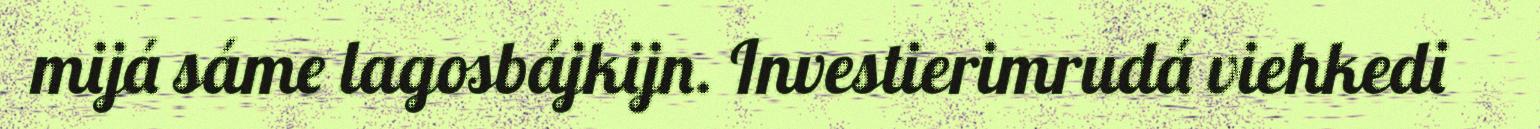
mijá sáme lagosbájkijn. Investierimrudá viehkedi